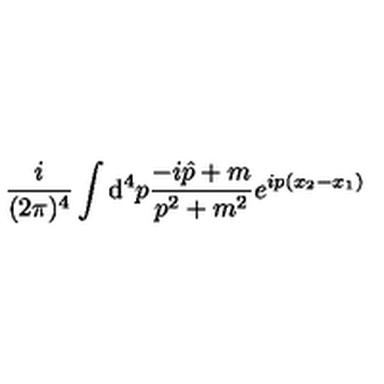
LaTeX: \frac { i } { ( 2 \pi ) ^ { 4 } } \int { \mathrm d } ^ { 4 } p \frac { - i \hat { p } + m } { p ^ { 2 } + m ^ { 2 } } e ^ { i p ( x _ { 2 } - x _ { 1 } ) }